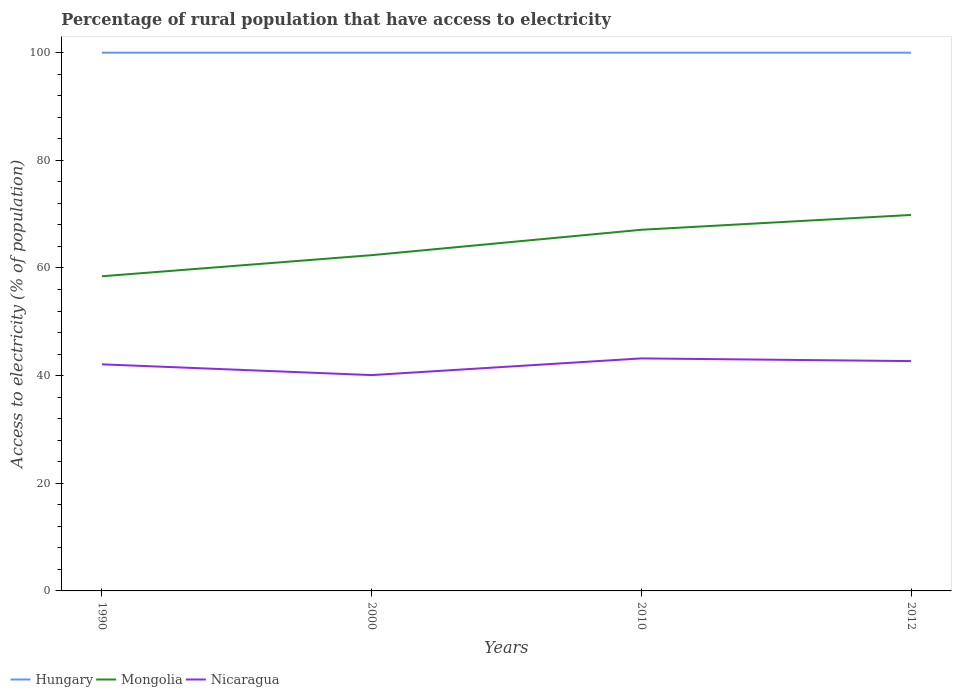
| Years | Hungary | Mongolia | Nicaragua |
 | --- | --- | --- | --- |
 | 1990 | 100 | 58.5 | 42.1 |
 | 2000 | 100 | 62.4 | 40.1 |
 | 2010 | 100 | 67.1 | 43.2 |
 | 2012 | 100 | 69.9 | 42.7 |